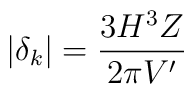
|\delta_k| = \frac{3H^3 Z}{2 \pi V'}